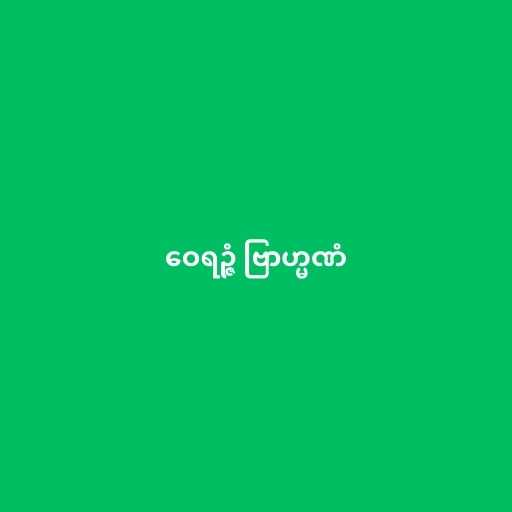
ဝေရဉ္ဇံ ဗြာဟ္မဏံ